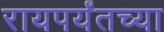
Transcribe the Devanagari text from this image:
रायपर्यंतच्या